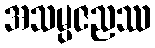
အသမ္ပဇညဿ